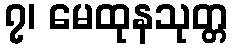
၇၊ မေထုနသုတ္တ